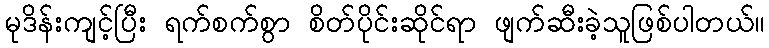
မုဒိန်းကျင့်ပြီး ရက်စက်စွာ စိတ်ပိုင်းဆိုင်ရာ ဖျက်ဆီးခဲ့သူဖြစ်ပါတယ်။